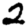
Digit: 2